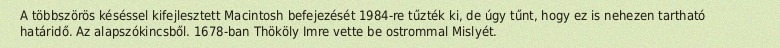
A többszörös késéssel kifejlesztett Macintosh befejezését 1984-re tűzték ki, de úgy tűnt, hogy ez is nehezen tartható határidő. Az alapszókincsből. 1678-ban Thököly Imre vette be ostrommal Mislyét.